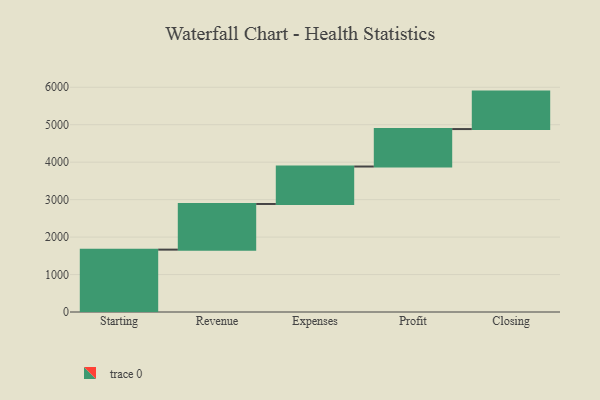
{"axis": {"x": "Step", "y": "Value"}, "legend": [""], "data": [{"x": "Starting", "y": 1665.0, "type": ""}, {"x": "Revenue", "y": 1219.0, "type": ""}, {"x": "Expenses", "y": 1000, "type": ""}, {"x": "Profit", "y": 1000, "type": ""}, {"x": "Closing", "y": 1000, "type": ""}]}